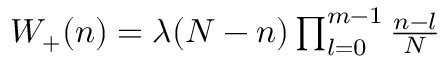
\begin{array} { r } { { W _ { + } } ( n ) = \lambda ( N - n ) \prod _ { l = 0 } ^ { m - 1 } { \frac { { n - l } } { N } } } \end{array}